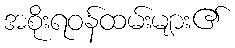
အစိုးရဝန်ထမ်းများ၏